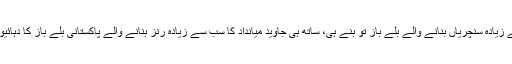
یونس خان نے 2015ء میں عظمت کی نئی بلندیوں کو چھوا، وہ پاکستان کے لیے سب سے زیادہ سنچریاں بنانے والے بلے باز تو بنے ہی، ساتھ ہی جاوید میانداد کا سب سے زیادہ رنز بنانے والے پاکستانی بلے باز کا دہائیوں پرانا ریکارڈ بھی توڑ ڈالا اور پھر 9 ہزار رنز بنانے والے پہلے پاکستانی بیٹسمین بنے۔